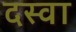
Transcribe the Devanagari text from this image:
दस्वा